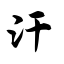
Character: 汗